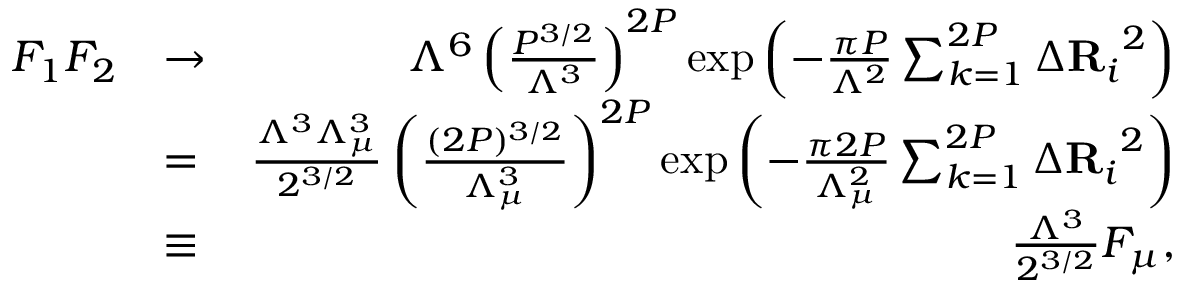
\begin{array} { r l r } { F _ { 1 } F _ { 2 } } & { \to } & { \Lambda ^ { 6 } \left( \frac { P ^ { 3 / 2 } } { \Lambda ^ { 3 } } \right) ^ { 2 P } \exp \left( - \frac { \pi P } { \Lambda ^ { 2 } } \sum _ { k = 1 } ^ { 2 P } { \Delta \mathbf { R } _ { i } } ^ { 2 } \right) } \\ & { = } & { \frac { \Lambda ^ { 3 } \Lambda _ { \mu } ^ { 3 } } { 2 ^ { 3 / 2 } } \left( \frac { ( 2 P ) ^ { 3 / 2 } } { \Lambda _ { \mu } ^ { 3 } } \right) ^ { 2 P } \exp \left( - \frac { \pi 2 P } { \Lambda _ { \mu } ^ { 2 } } \sum _ { k = 1 } ^ { 2 P } { \Delta \mathbf { R } _ { i } } ^ { 2 } \right) } \\ & { \equiv } & { \frac { \Lambda ^ { 3 } } { 2 ^ { 3 / 2 } } F _ { \mu } , } \end{array}